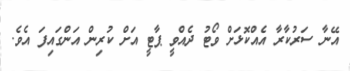
އޭނާ ސަރުކާރާ އެއްކޮޅަށް ވޯޓު ދެއްވީ ޕާޓީ އަށް ކުރިން އަންގައިފަ އެވެ.